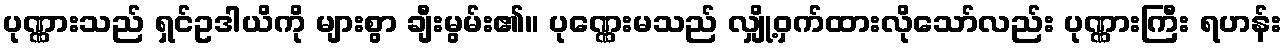
ပုဏ္ဏားသည် ရှင်ဥဒါယိကို များစွာ ချီးမွမ်း၏။ ပုဏ္ဏေးမသည် လျှို့ဝှက်ထားလိုသော်လည်း ပုဏ္ဏားကြီး ရဟန်း